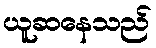
ယူဆနေသည်